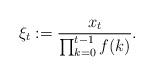
LaTeX: \begin{align*}\xi_t := \frac{x_t}{\prod_{k=0}^{t-1} f(k)}.\end{align*}